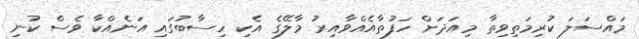
މައްސަލަ ކުރިމަތިވިތާ މިއަދަށް ހަފުތާއެއްވާއިރު މާލޭގެ އެކި ހިސާބުގައި އަނެއްކާ ވެސް ކުނި